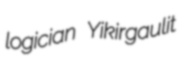
logician Yikirgaulit